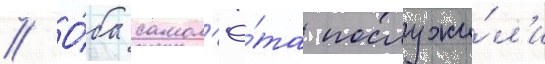
// О́ба самол'ё́та послужи́л'и